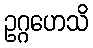
ဥဂ္ဂဟေသိ